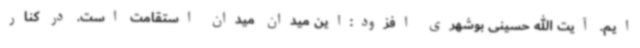
ایم. آیت الله حسینی بوشهری افزود:این میدان میدان استقامت است. در کنار